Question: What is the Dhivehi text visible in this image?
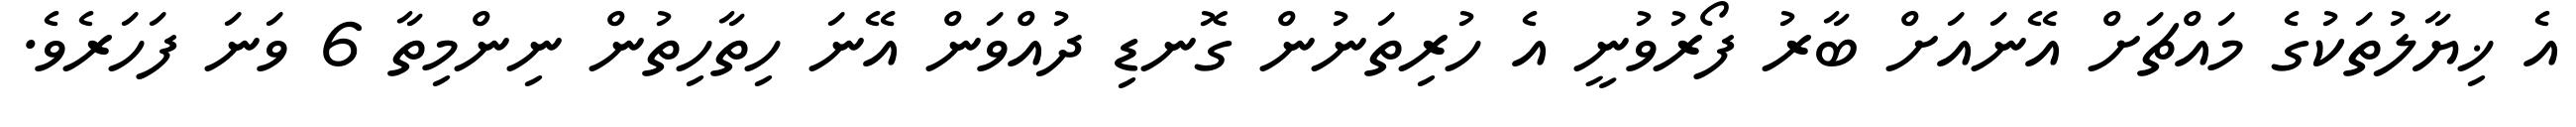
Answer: އެ ޚިޔާލުތަކުގެ މައްޗަށް އޭނައަށް ބާރު ފޯރުވުނީ އެ ހުރިތަނުން ގޮނޑި ދުއްވަން އޭނަ ހިތާހިތުން ނިންމިތާ 6 ވަނަ ފަހަރެވެ.